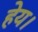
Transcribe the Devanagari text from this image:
हेय।